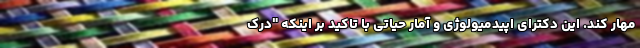
مهار کند. این دکترای اپیدمیولوژی و آمار حیاتی با تاکید بر اینکه "درک